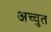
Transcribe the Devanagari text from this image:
अच्चुत